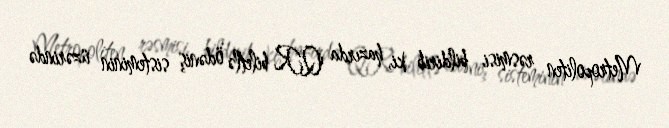
Metropoliten rəsmisi bildirib ki, hazırda QR biletlə ödəniş sisteminin üzərində